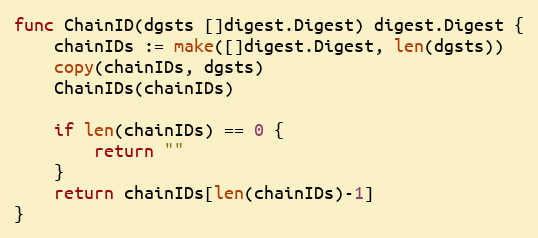
Language: Go
func ChainID(dgsts []digest.Digest) digest.Digest {
	chainIDs := make([]digest.Digest, len(dgsts))
	copy(chainIDs, dgsts)
	ChainIDs(chainIDs)

	if len(chainIDs) == 0 {
		return ""
	}
	return chainIDs[len(chainIDs)-1]
}